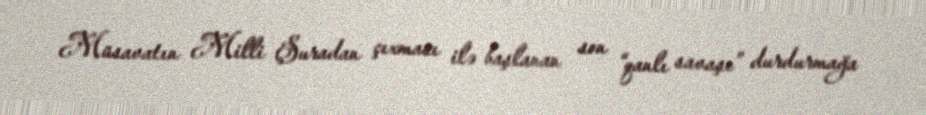
Müsavatın Milli Şuradan çıxması ilə başlanan son “qanlı savaşı” durdurmağa